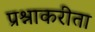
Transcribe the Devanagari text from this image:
प्रश्नाकरीता